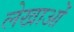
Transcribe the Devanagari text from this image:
लेखाओं